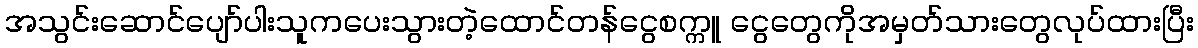
အသွင်းဆောင်ပျော်ပါးသူကပေးသွားတဲ့ထောင်တန်ငွေစက္ကူ ငွေတွေကိုအမှတ်သားတွေလုပ်ထားပြီး